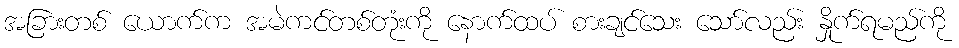
အခြားတစ် ယောက်က အမဲကင်တစ်တုံးကို နောက်ထပ် စားချင်သေး သော်လည်း နှိုက်ရမည်ကို